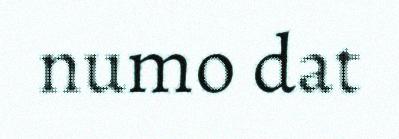
numo dat